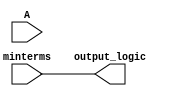
module PrimeImplicant (
    input [2:0] A, // 3-bit input representing variables A, B, C
    input [7:0] minterms, // 8-bit input representing minterms (1 = true, 0 = false)
    output reg [7:0] output_logic // Output representing minimized Boolean function
);

// Internal signals
reg [7:0] prime_implicants;

// Function to calculate prime implicants
always @(*) begin
    // Initialize output logic
    output_logic = 8'b0;
    
    // Example: Simple logic for minterms (this should be replaced with actual prime implicant logic)
    // This is a placeholder for the actual prime implicant calculation
    // Here we just directly assign the minterms to output_logic for demonstration
    // In a real implementation, you would analyze the minterms to find prime implicants
    prime_implicants = minterms; // This should be replaced with actual logic

    // Example of combining prime implicants (this is just a placeholder)
    // You would typically have a more complex logic here based on the identified prime implicants
    output_logic = prime_implicants; // Replace with actual logic to combine prime implicants
end

endmodule